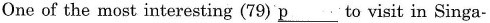
One of the most interesting (79) \underline{p} pto visit in Singa-